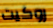
روكيت